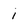
Character: i